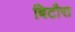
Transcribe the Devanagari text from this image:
बिटौरा